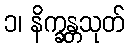
၁၊ နိက္ခန္တသုတ်